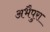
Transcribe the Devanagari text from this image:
अभैपुरा